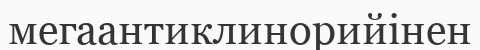
мегаантиклинорийінен